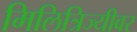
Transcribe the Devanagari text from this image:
मिलित्रिज्यीवर